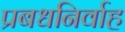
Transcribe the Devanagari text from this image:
प्रबधनिर्वाह